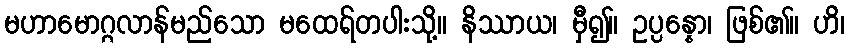
မဟာမောဂ္ဂလာန်မည်သော မထေရ်တပါးသို့။ နိဿာယ၊ မှီ၍။ ဥပ္ပန္နော၊ ဖြစ်၏။ ဟိ၊